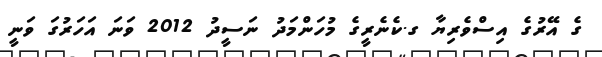
ގެ އޭރުގެ އިސްވެރިޔާ ގ.ކެނެރީގެ މުހަންމަދު ނަސީދު 2012 ވަނަ އަހަރުގަ ވަނީ